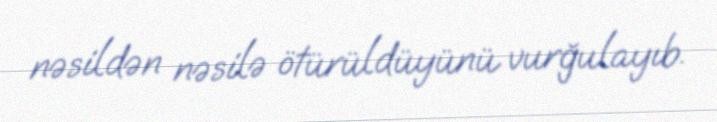
nəsildən nəsilə ötürüldüyünü vurğulayıb.